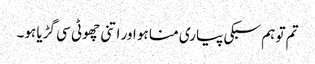
تم تو ہم سبکی پیاری منا ہو اور اتنی چھوٹی سی گڑیا ہو۔